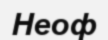
Неоф